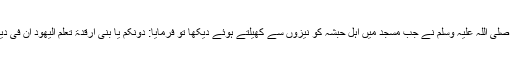
نبی کریم صلی اللہ علیہ وسلم نے جب مسجد میں اہل حبشہ کو نیزوں سے کھیلتے ہوئے دیکھا تو فرمایا: دَوْنَکُمْ یَا بَنِی اَرْقَدَۃ تَعْلَمْ الْیَھَوْدُ اَنَّ فِیْ دِیْنِنَا فَسْحَۃً۔